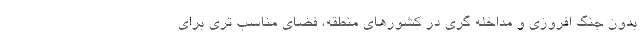
بدون جنگ افروزی و مداخله گری در کشورهای منطقه، فضای مناسب تری برای